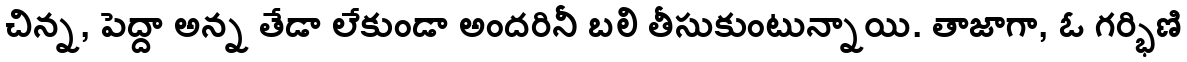
చిన్న, పెద్దా అన్న తేడా లేకుండా అందరినీ బలి తీసుకుంటున్నాయి. తాజాగా, ఓ గర్భిణి